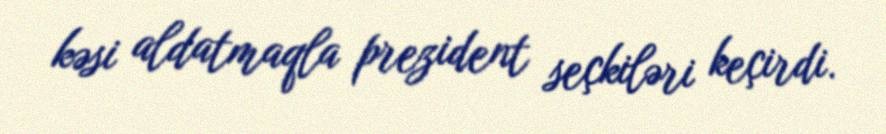
kəsi aldatmaqla prezident seçkiləri keçirdi.